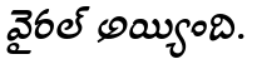
వైరల్ అయ్యింది.